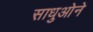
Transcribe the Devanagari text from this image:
साधुओने